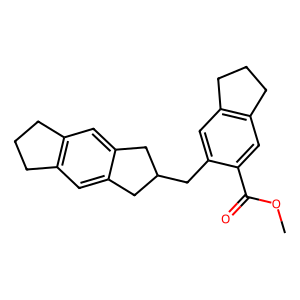
SMILES: COC(=O)c1cc2c(cc1CC1Cc3cc4c(cc3C1)CCC4)CCC2
Inhibits HIV replication: No